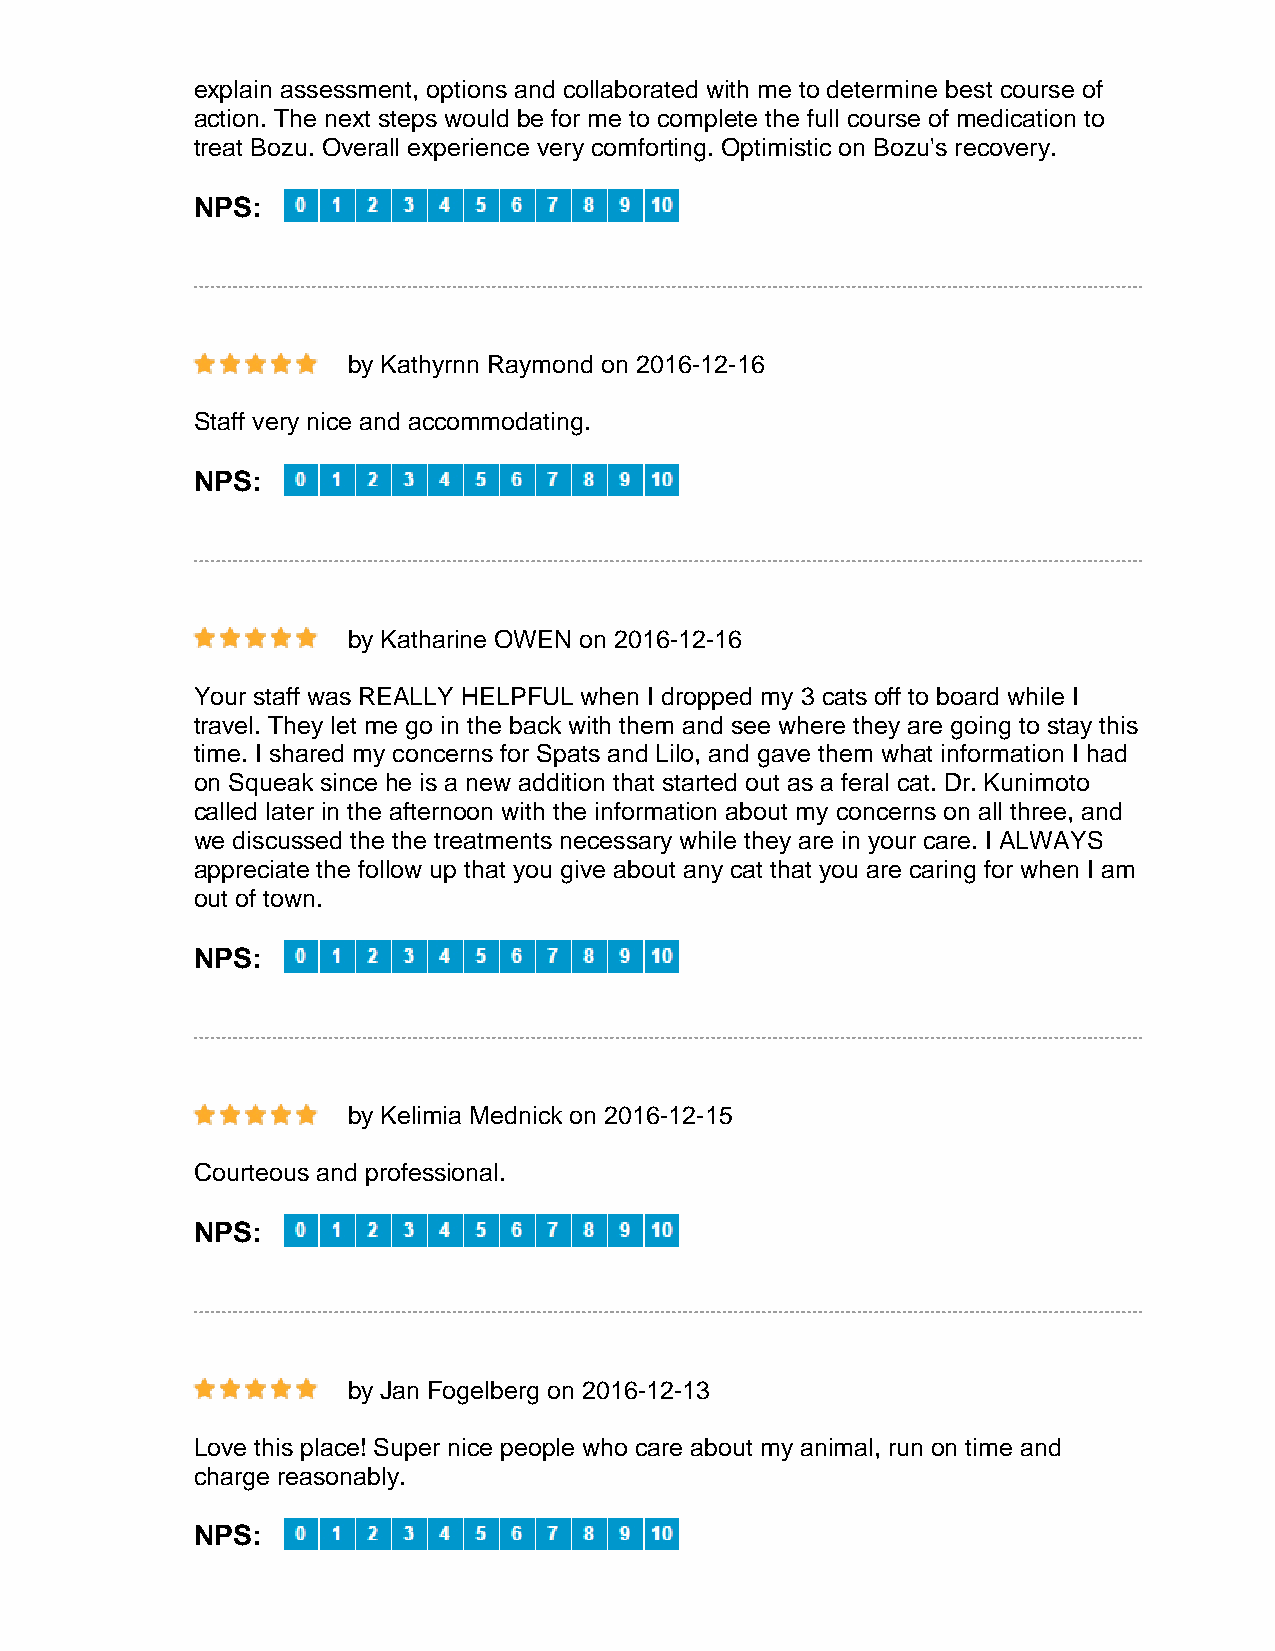
explain assessment, options and collaborated with me to determine best course of
 action. The next steps would be for me to complete the full course of medication to
 treat Bozu. Overall experience very comforting. Optimistic on Bozu's recovery.
 NPS:
 by Kathyrnn Raymond on 2016-12-16
 Staff very nice and accommodating.
 NPS:
 by Katharine OWEN on 2016-12-16
 Your staff was REALLY HELPFUL when I dropped my 3 cats off to board while I
 travel. They let me go in the back with them and see where they are going to stay this
 time. I shared my concerns for Spats and Lilo, and gave them what information I had
 on Squeak since he is a new addition that started out as a feral cat. Dr. Kunimoto
 called later in the afternoon with the information about my concerns on all three, and
 we discussed the the treatments necessary while they are in your care. I ALWAYS
 appreciate the follow up that you give about any cat that you are caring for when I am
 out of town.
 NPS:
 by Kelimia Mednick on 2016-12-15
 Courteous and professional.
 NPS:
 by Jan Fogelberg on 2016-12-13
 Love this place! Super nice people who care about my animal, run on time and
 charge reasonably.
 NPS: